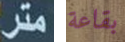
متر بقاعة